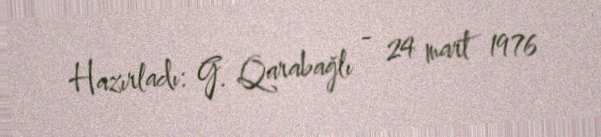
Hazırladı: G. Qarabağlı - 24 mart 1976